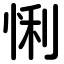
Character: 悧